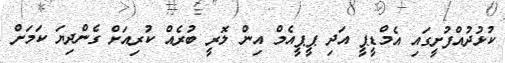
ކުޅުދުއްފުށީގައި އެމްޑީޕީ އަދި ޕީޕީއެމް އިން ލޮރީ ބުރެއް ކުރިއަށް ގެންދިޔަ ކަމަށް